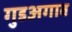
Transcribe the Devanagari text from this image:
गुडअगाव